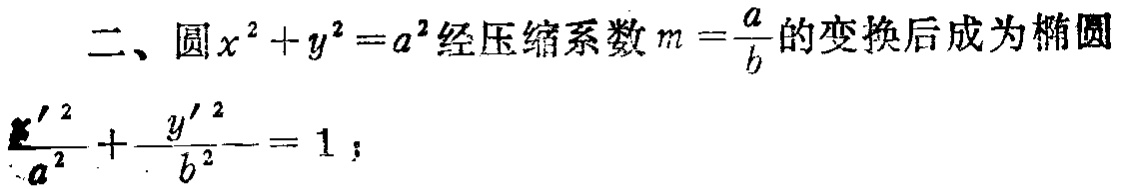
二、圆$x^{2}+y^{2}=a^{2}$经压缩系数$m = \frac{a}{b}$的变换后成为椭圆$\frac{x'^{2}}{a^{2}}+\frac{y'^{2}}{b^{2}} = 1$；